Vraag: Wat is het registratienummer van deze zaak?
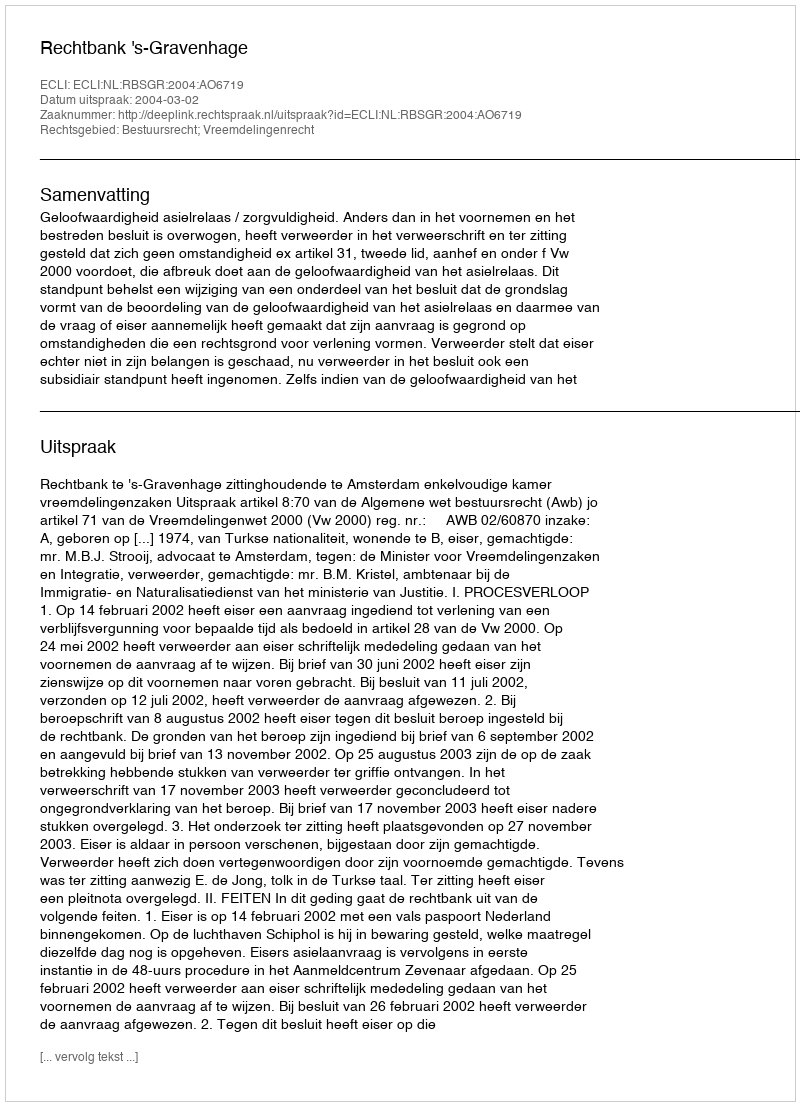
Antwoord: http://deeplink.rechtspraak.nl/uitspraak?id=ECLI:NL:RBSGR:2004:AO6719